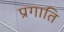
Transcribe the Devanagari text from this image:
प्रगाति